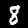
Digit: 8